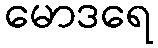
မောဒရေ